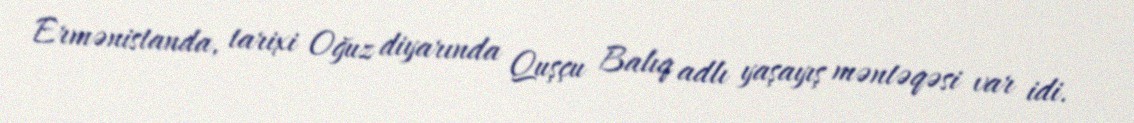
Ermənistanda, tarixi Oğuz diyarında Quşçu Balıq adlı yaşayış məntəqəsi var idi.